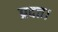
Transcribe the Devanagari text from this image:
प्रदत्त।